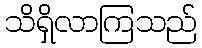
သိရှိလာကြသည်